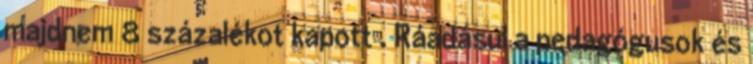
majdnem 8 százalékot kapott . Ráadásul a pedagógusok és